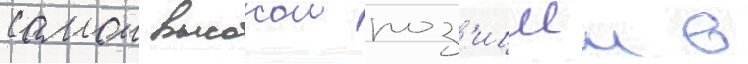
самои высокои поз'ициеи в